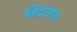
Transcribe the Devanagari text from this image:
निद्राकाल